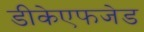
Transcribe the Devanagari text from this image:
डीकेएफजेड